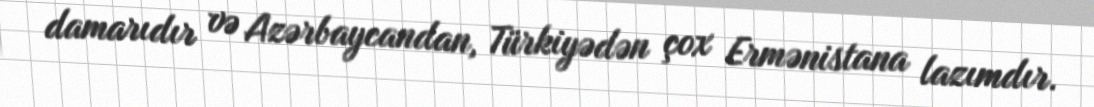
damarıdır və Azərbaycandan, Türkiyədən çox Ermənistana lazımdır.